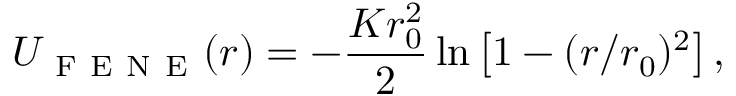
U _ { \mathrm { ~ F ~ E ~ N ~ E ~ } } ( r ) = - \frac { K r _ { 0 } ^ { 2 } } 2 \ln \left[ 1 - ( r / r _ { 0 } ) ^ { 2 } \right] ,